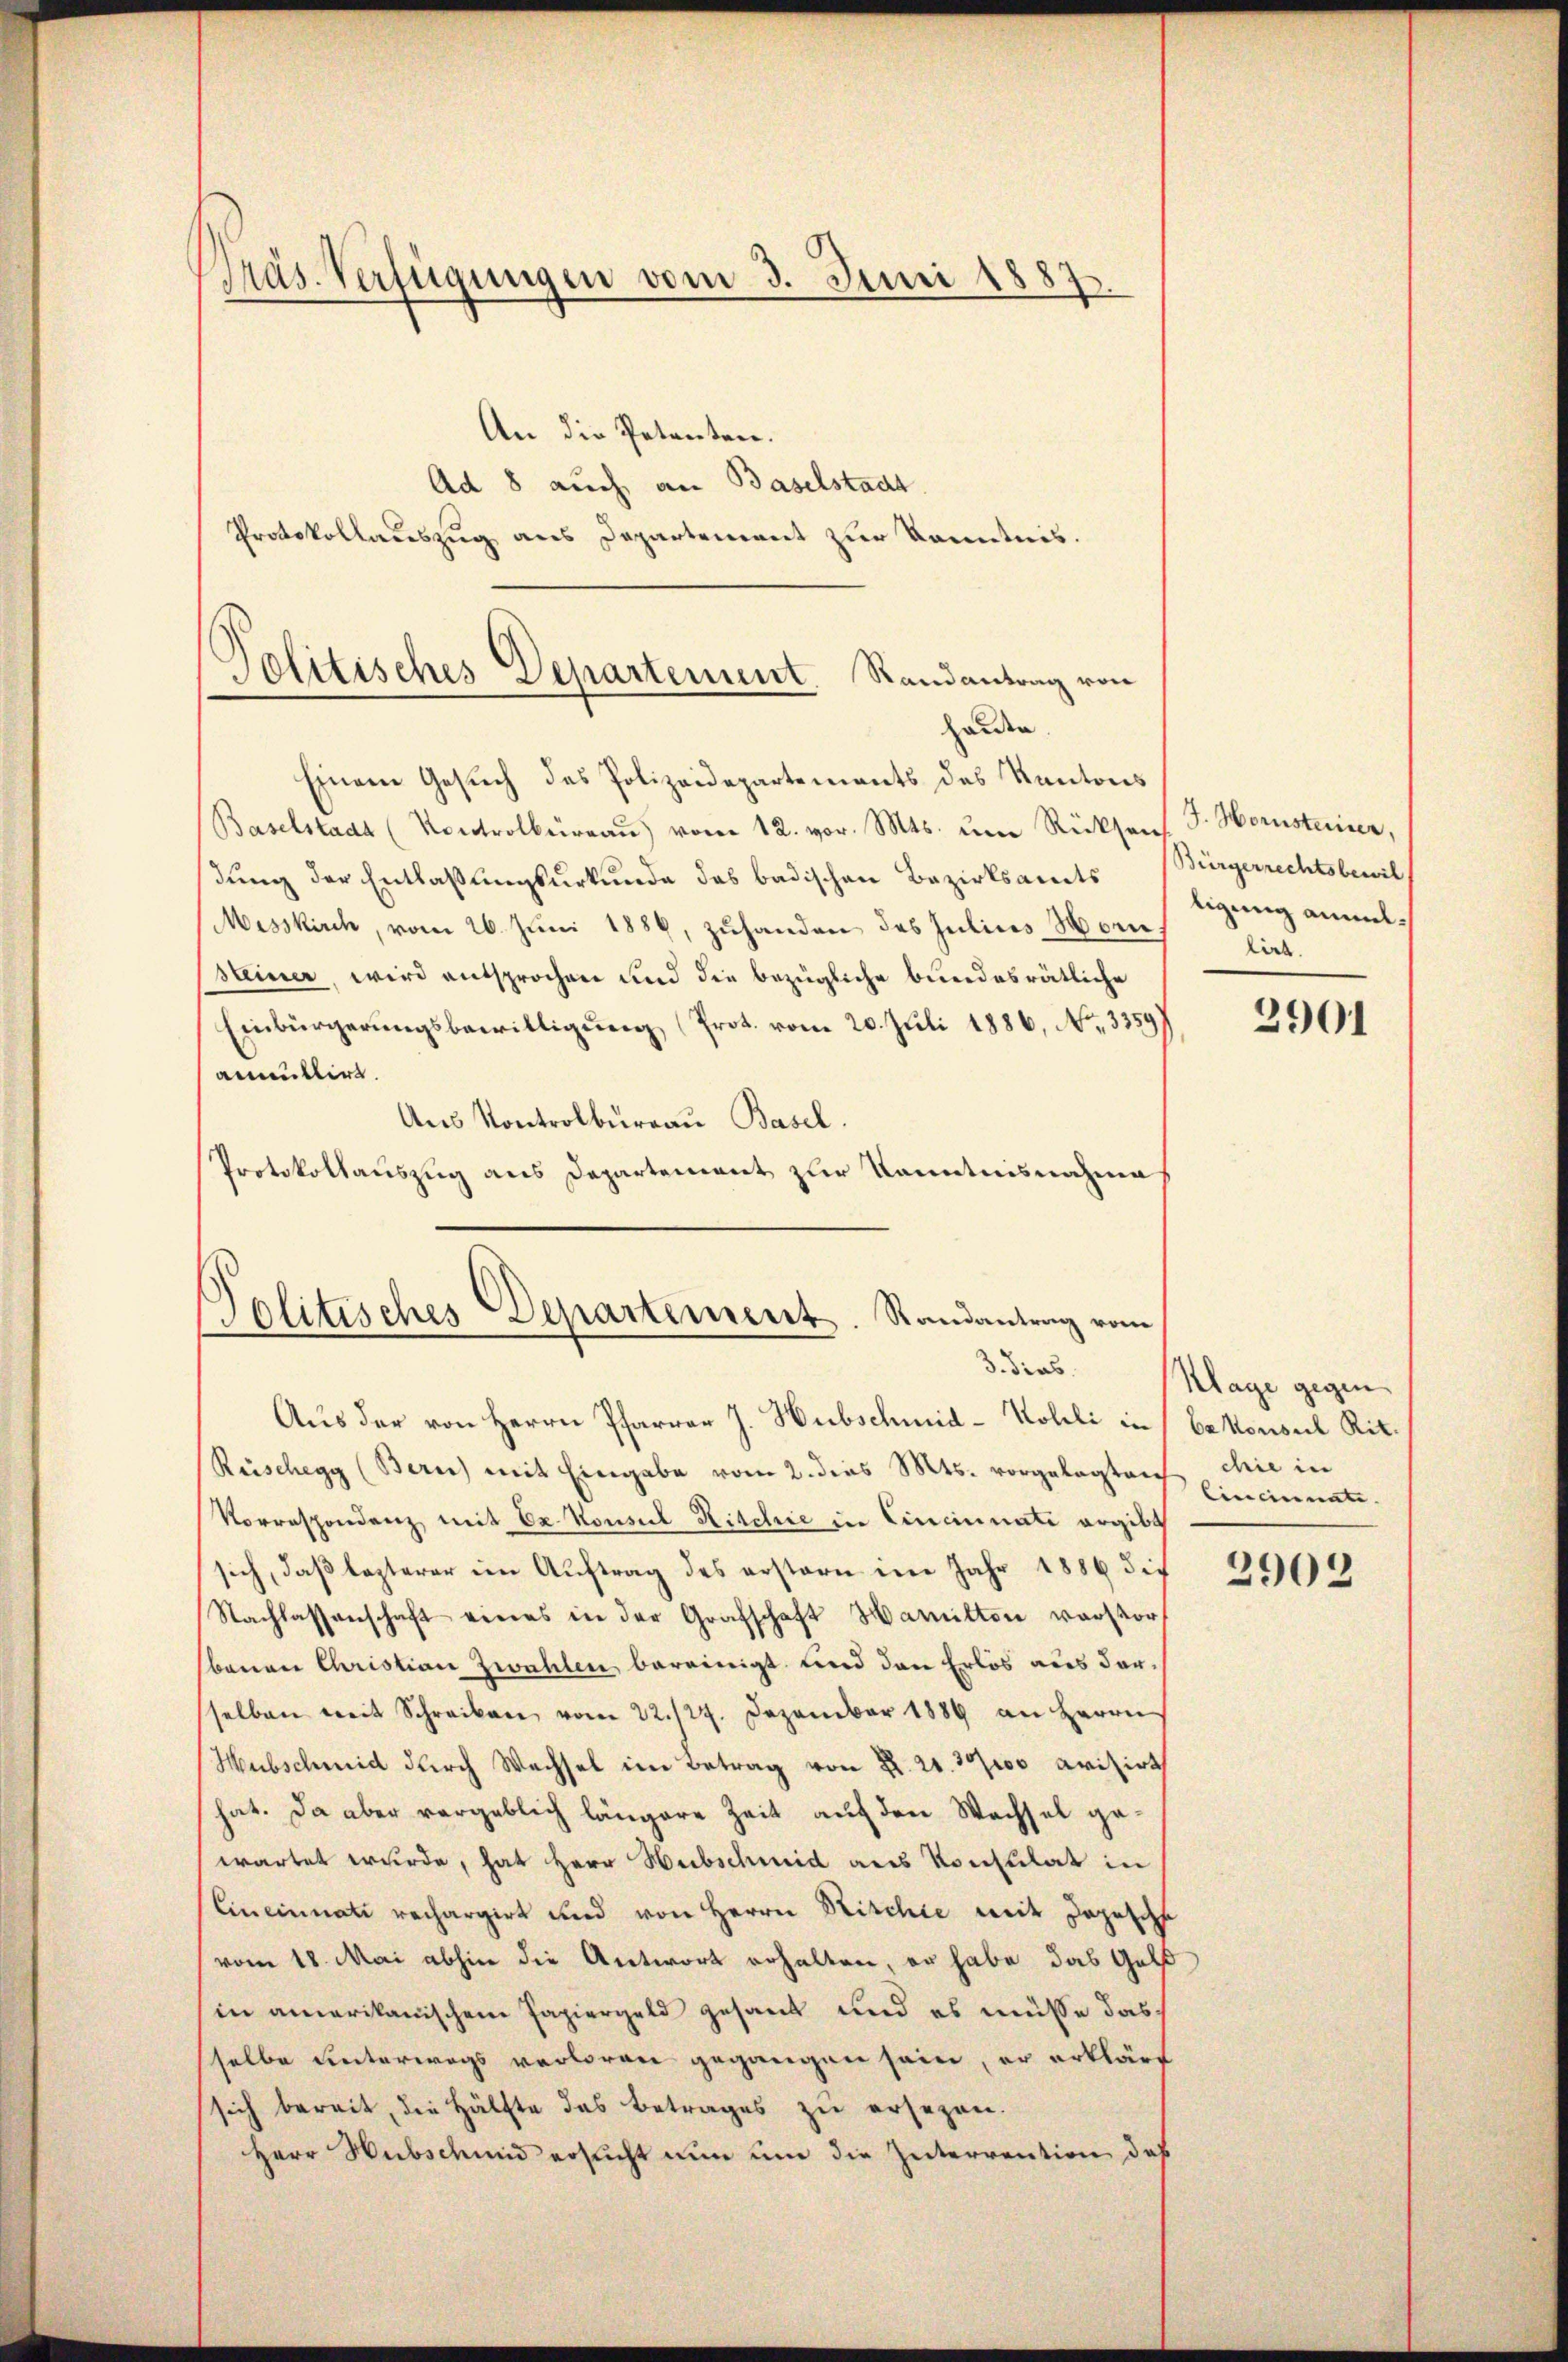
Präs. Verfügungen vom 3. Juni 1887.

Heiden.

An die Petenten.
Ad 8 auch an Baselstadt.
Protokollauszug aus Departement zur Kenntnis.
Politisches Departement. Randantrag von

Einem Gesuch des Polizeidepartements des Kantons
Baselstadt (Kontrolbüraŭ vom 12. vor. Mts. ŭm Rücksens. J. Hornsteiner,
dung der Entlaßungsurkunde das badischen Bezirksamts Bürgerrechtsbewil¬
Misskirch, vom 26. Juni 1886, zuhanden des Julius Morich lieb.
steiner, wird entsprochen und die bezügliche bundesrätliche
Einbürgerungsbewilligung (Prot. vom 20. Juli 1886, No. 3359)
annullirt.
Aus Kontrolburgau Basel.
Protokollauszug aus Departement zur Kenntnisnahme

Politisches Departement. Randantrag vom
3. dies

tigung anmel¬

Aus der von Herrn Pfarrer J. Hubschmid-Kolli in bekonsul Rit.
Reischegg (Bern) mit Eingabe vom 2. dies Mts. vorgelegten chie in
Korrespondenz mit Ex. Konsul Ritchie in Cincinati ergibt
sich, daß lezterer im Auftrag des erstern im Jahr 1886 die
Nachlassenschaft eines in der Grafschaft Hamilton verstor
sbauen Christian zwahlen, bereinigt und den Erlös aus dersselben mit Schreiben vom 22./27. Dezember 1889 an Herrn
Hubschmid durch Wechsel im Betrag von R. 21. 3000 avisirt
hat. Da aber vergeblich längere Zeit auf den Wachsel gewartet wurde, hat Herr Hubschmid aus Konsulat in
Cineinnati rechargirt und von Herrn Ritchie mit Depesch
vom 18. Mai abhin die Antwort erhalten, er habe das Geld
in amerikanischen Papiergeld gesant und es müsse das
selbe unterwegs verloren gegangen sein, er erklärt
sich bereit, die Hälfte das Betrages zu ersezen.
Herr Hubsch und ersucht nun um die Interrention, daß

2901

Klage gegen
Cincinate.

2902